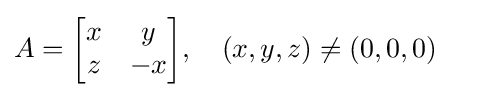
A={\begin{bmatrix}x&y\\z&-x\end{bmatrix}},\quad (x,y,z)\neq (0,0,0)\quad {\;}